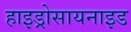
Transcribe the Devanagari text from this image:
हाइड्रोसायनाइड